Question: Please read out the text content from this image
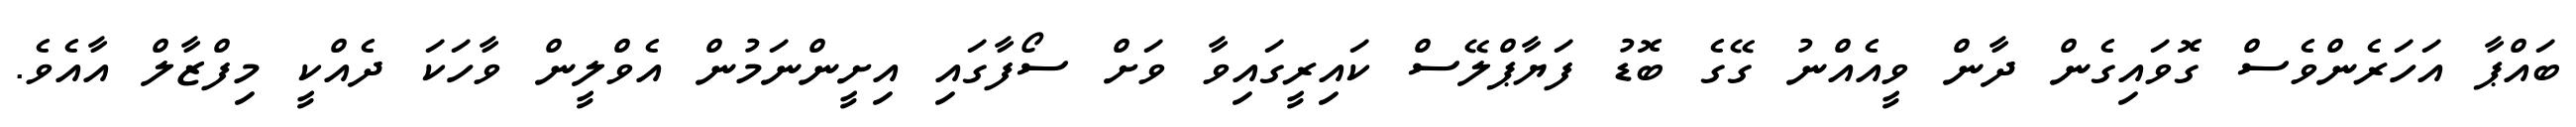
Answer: ބައްޕާ އަހަރެންވެސް ގޮވައިގެން ދާން ވީއެއްނު ގޭގެ ބޮޑު ފަޔާޕްލޭސް ކައިރީގައިވާ ވަށް ސޯފާގައި އިށީންނަމުން އެވްލީން ވާހަކަ ދެއްކީ މިފްޒާލް އާއެވެ.